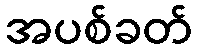
အပစ်ခတ်